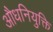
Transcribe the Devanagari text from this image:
औधनियुक्ति